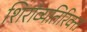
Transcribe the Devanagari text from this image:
शिरांव्यतिरिक्त